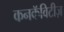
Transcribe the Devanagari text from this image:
कनकॅविटीज़